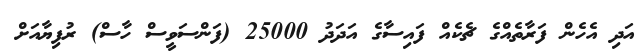
އަދި އެހެން ފަރާތެއްގެ ޗެކެއް ފައިސާގެ އަދަދު 25000 (ފަންސަވީސް ހާސް) ރުފިޔާއަށް